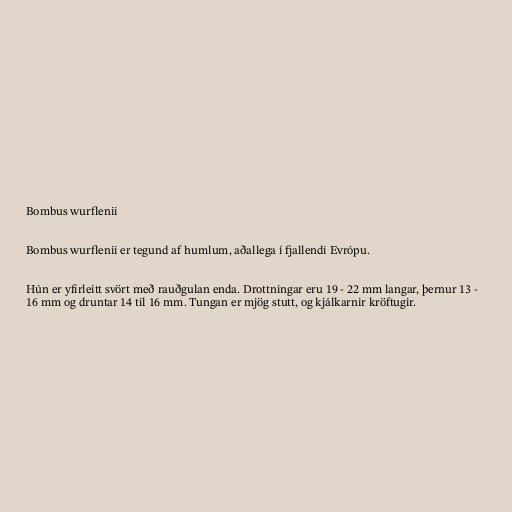
Bombus wurflenii

Bombus wurflenii er tegund af humlum, aðallega í fjallendi Evrópu.

Hún er yfirleitt svört með rauðgulan enda. Drottningar eru 19 - 22 mm langar, þernur 13 -
16 mm og druntar 14 til 16 mm. Tungan er mjög stutt, og kjálkarnir kröftugir.